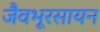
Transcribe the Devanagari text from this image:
जैवभूरसायन